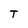
Character: T